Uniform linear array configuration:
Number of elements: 4
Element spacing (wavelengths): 0.5
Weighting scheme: uniform
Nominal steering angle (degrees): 0
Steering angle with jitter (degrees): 0.1046
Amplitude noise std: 0.05
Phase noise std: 0.05

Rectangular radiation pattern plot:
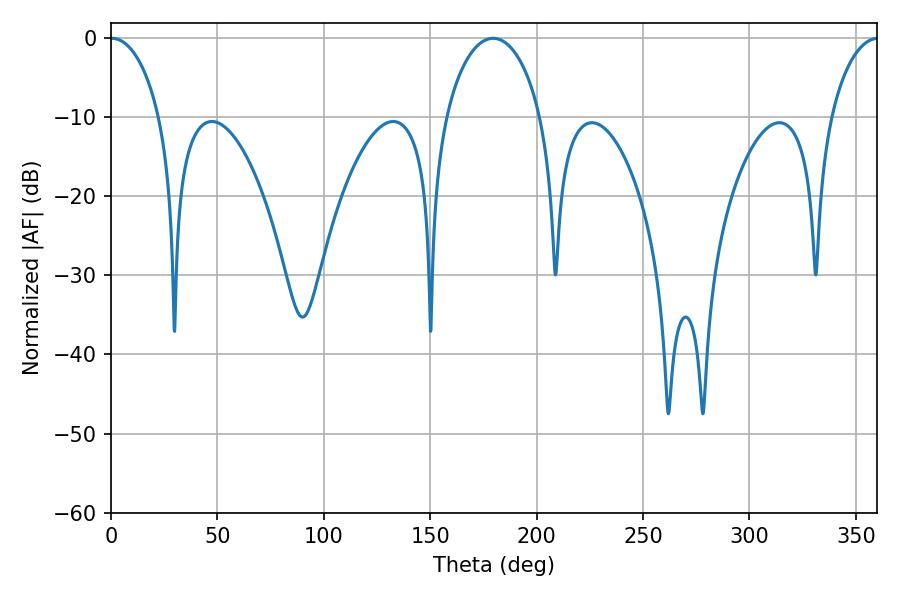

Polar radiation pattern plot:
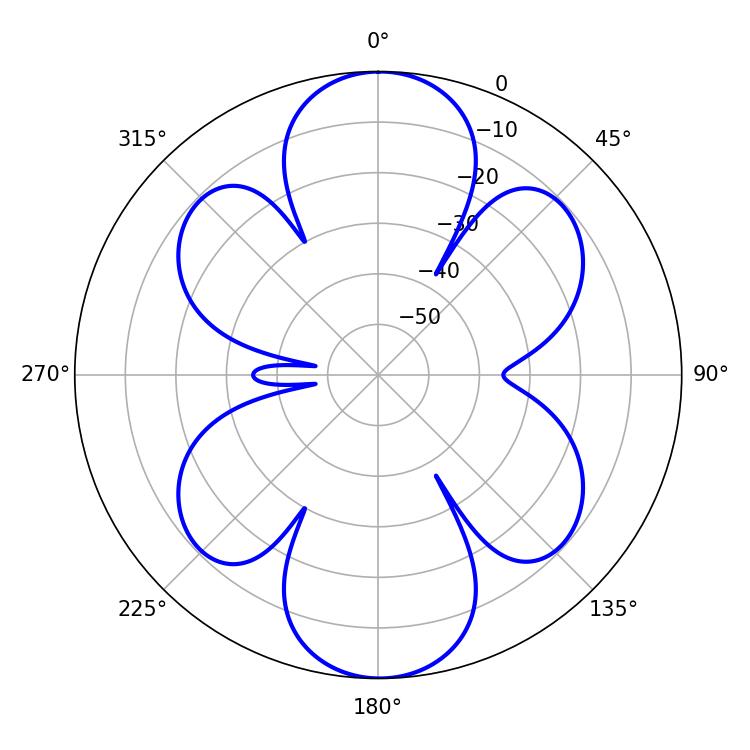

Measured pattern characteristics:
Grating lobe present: FALSE
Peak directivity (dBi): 21.884
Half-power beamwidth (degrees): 13.32
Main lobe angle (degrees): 0.36